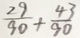
\frac { 2 9 } { 9 0 } + \frac { 4 3 } { 9 0 }